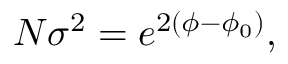
N \sigma ^ { 2 } = e ^ { 2 ( \phi - \phi _ { 0 } ) } ,